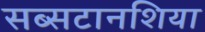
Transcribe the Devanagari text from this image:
सब्सटानशिया